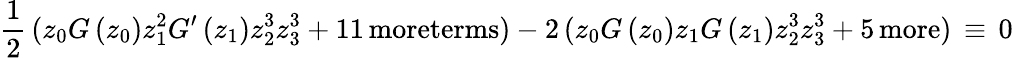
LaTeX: \frac{1}{2}\, (z_{0}G\, (z_{0})z_{1}^{2}G^{\prime}\, (z_{1})z_{2}^{3}z_{3}^{3}+11\, \mathrm{moreterms})-2\, (z_{0}G\, (z_{0})z_{1}G\, (z_{1})z_{2}^{3}z_{3}^{3}+5\, \mathrm{more})\, \equiv\, 0